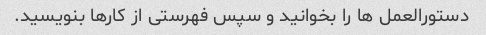
دستورالعمل ها را بخوانید و سپس فهرستی از کارها بنویسید.